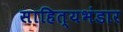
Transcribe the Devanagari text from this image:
साहित्यभंडार